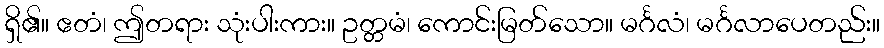
ရှိ၏။ ဧတံ၊ ဤတရား သုံးပါးကား။ ဥတ္တမံ၊ ကောင်းမြတ်သော။ မင်္ဂလံ၊ မင်္ဂလာပေတည်း။